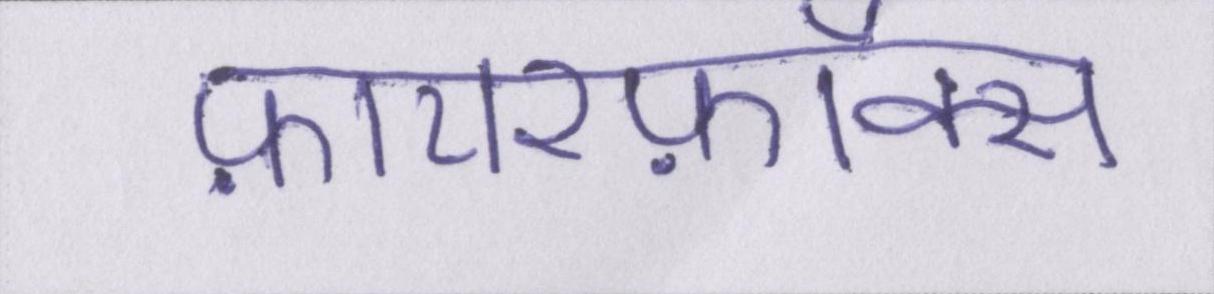
फ़ायरफ़ॉक्स